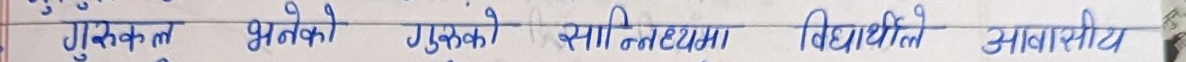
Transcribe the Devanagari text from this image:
गुरुकुल भनेको गुरुको सान्निध्यमा विद्यार्थीले आवासीय